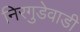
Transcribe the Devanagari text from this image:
निरगुडेवाडी